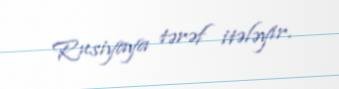
Rusiyaya tərəf itələyir.